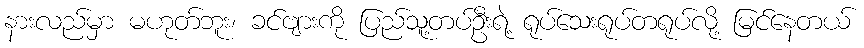
နားလည်မှာ မဟုတ်ဘူး၊ ခင်ဗျားကို ပြည်သူ့တပ်ဦးရဲ့ ရုပ်သေးရုပ်တရုပ်လို့ မြင်နေတယ်